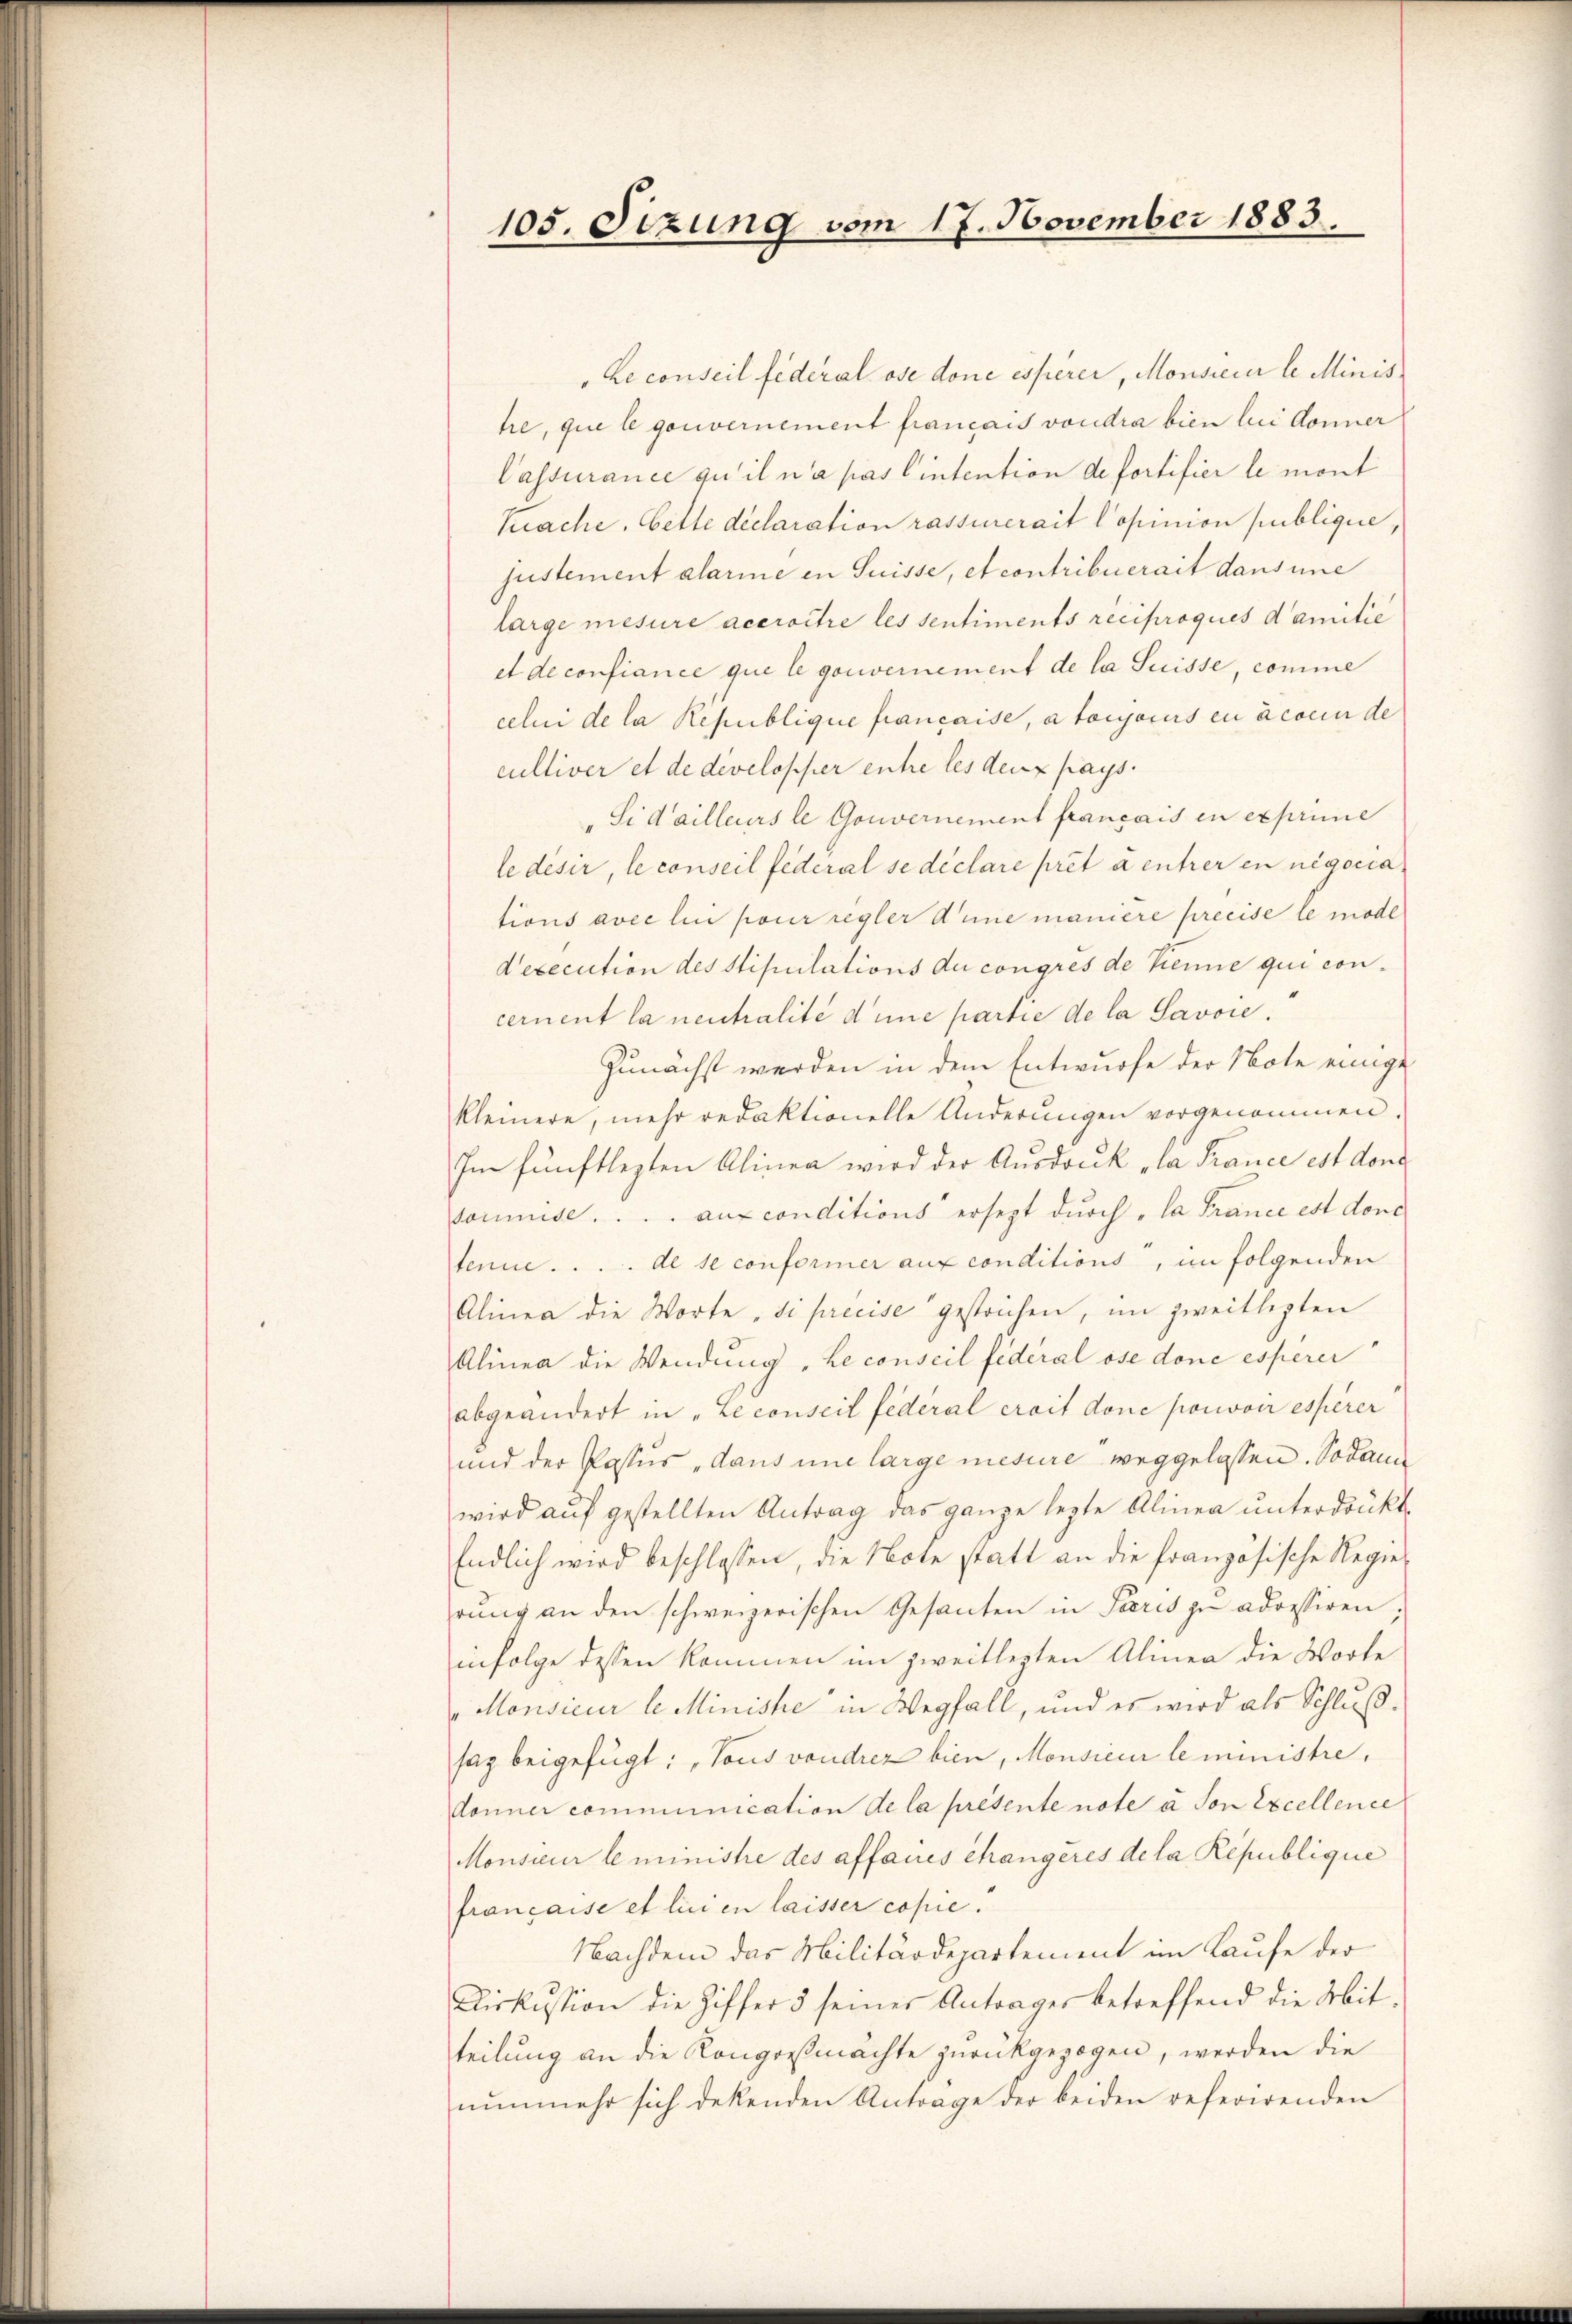
105. Sizung vom 17. November 1883.

Le conseil federal ose done esserer, Monsieier le Minis
tre, que le gouvernement français voudra bien lui donner
Passurance qu’il n’a pas lintention de fortifier le mont
Kache. Cette declaration rassurerait Copinion publique,
justement alarine in Suisse, et contribuerait dansine
large mesure accroître les sentiments reciproques damitie
et de confiance que le gouvernement de la Suisse, comme
celui de la Republique francaise, a toryocus en acceur de
cultiver et de developher entre les deux pays.
"Sidailleurs le Gouvernement français in exprime
le désir, le conseil federal se déclare prét à entrer en negocia
tions avec lui pour regler Annie maniere preeise le mode
dexecution des Stipulations du congres de Kenne qui concernent la neutralité d’une partie de la Savoie.
Zunächst werden in dem Entwurfe der Note einige
kleinere, mehr redaktionelle Anderungen vorgenommen.
Im fünftlezten Alinea wird der Ausdruck „la France est don
soumise . . . . auf conditions ersezt durch „la France est donc
tenue . . . . de se conformer aux conditions, im folgenden
Alinea die Worte „Si précise gestrichen, im zweitlegten
Alinea die Wendung „Le conseil fédéral öse done esperer
abgeändert in „Le conseil fédéral croit done pouvoir esserer
und der Passus „dans une large mesure weggelassen. Sodann
wird auf gestellten Antrag das ganze lezte Alinea unterdrückt.
Endlich wird beschlossen, die Note statt an die französische Regie
rung an den schweizerischen Gesanten in Paris zu adressiren,
infolge dessen kommen im zweitlegten Alinea die Worte
Monsieur le Minische in Wegfall, und es wird als Schluß.
saz beigefügt: „Tous vondrez bien, Monsieur le ministre,
donner communication de la presente note à son Excellence
Monsieur le ministre des affaires changeres de la République
française et lui en laisser copie.
Nachdem das Militärdepartement im Laufe der
Diskussion die Ziffer 5 seiner Antrages betreffend die Mit
teilung an die Kongreßmächte zurückgezogen, werden die
nunmehr sich dekenden Antrage der beiden referirenden